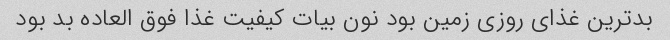
بد‌ترین غذای روزی زمین بود نون بیات کیفیت غذا فوق العاده بد بود